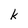
Character: k